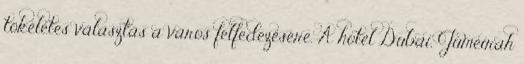
tökéletes választás a város felfedezésére. A hotel Dubai, Jumeirah